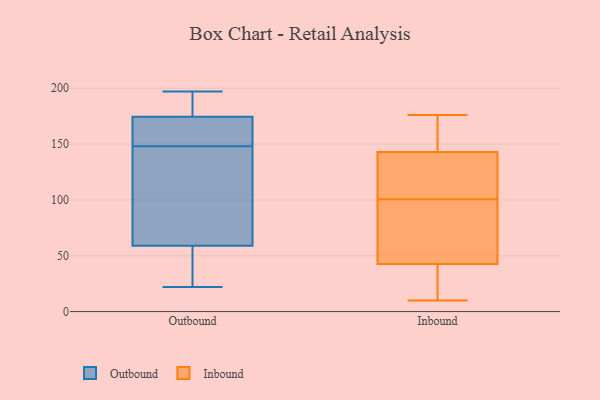
{"axis": {"x": "Energy Usage (MWh)", "y": "Value"}, "legend": ["Inbound", "Outbound"], "data": [{"x": "", "y": 143, "type": "Outbound"}, {"x": "", "y": 163, "type": "Outbound"}, {"x": "", "y": 22, "type": "Outbound"}, {"x": "", "y": 24, "type": "Outbound"}, {"x": "", "y": 47, "type": "Outbound"}, {"x": "", "y": 197, "type": "Outbound"}, {"x": "", "y": 153, "type": "Outbound"}, {"x": "", "y": 71, "type": "Outbound"}, {"x": "", "y": 195, "type": "Outbound"}, {"x": "", "y": 186, "type": "Outbound"}, {"x": "", "y": 119, "type": "Outbound"}, {"x": "", "y": 159, "type": "Outbound"}, {"x": "", "y": 146, "type": "Inbound"}, {"x": "", "y": 127, "type": "Inbound"}, {"x": "", "y": 95, "type": "Inbound"}, {"x": "", "y": 140, "type": "Inbound"}, {"x": "", "y": 176, "type": "Inbound"}, {"x": "", "y": 10, "type": "Inbound"}, {"x": "", "y": 18, "type": "Inbound"}, {"x": "", "y": 10, "type": "Inbound"}, {"x": "", "y": 150, "type": "Inbound"}, {"x": "", "y": 68, "type": "Inbound"}, {"x": "", "y": 67, "type": "Inbound"}, {"x": "", "y": 106, "type": "Inbound"}]}